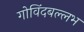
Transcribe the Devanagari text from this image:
गोविंदबल्लभ